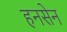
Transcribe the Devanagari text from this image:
हनसेन